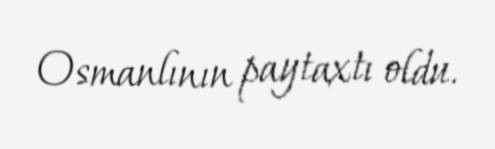
Osmanlının paytaxtı oldu.